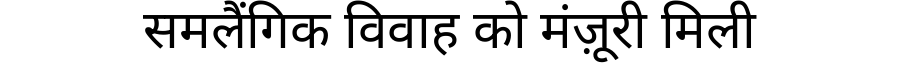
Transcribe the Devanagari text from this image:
समलैंगिक विवाह को मंज़ूरी मिली